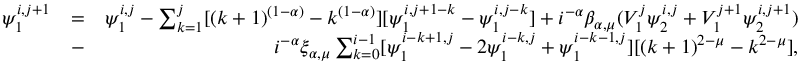
\begin{array} { r l r } { \psi _ { 1 } ^ { i , j + 1 } } & { = } & { \psi _ { 1 } ^ { i , j } - \sum _ { k = 1 } ^ { j } [ ( k + 1 ) ^ { ( 1 - \alpha ) } - k ^ { ( 1 - \alpha ) } ] [ \psi _ { 1 } ^ { i , j + 1 - k } - \psi _ { 1 } ^ { i , j - k } ] + i ^ { - \alpha } \beta _ { \alpha , \mu } ( V _ { 1 } ^ { j } \psi _ { 2 } ^ { i , j } + V _ { 1 } ^ { j + 1 } \psi _ { 2 } ^ { i , j + 1 } ) } \\ & { - } & { i ^ { - \alpha } \xi _ { \alpha , \mu } \sum _ { k = 0 } ^ { i - 1 } [ \psi _ { 1 } ^ { i - k + 1 , j } - 2 \psi _ { 1 } ^ { i - k , j } + \psi _ { 1 } ^ { i - k - 1 , j } ] [ ( k + 1 ) ^ { 2 - \mu } - k ^ { 2 - \mu } ] , } \end{array}